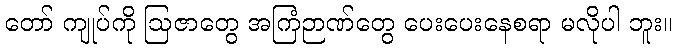
တော် ကျုပ်ကို ဩဇာတွေ အကြံဉာဏ်တွေ ပေးပေးနေစရာ မလိုပါ ဘူး။